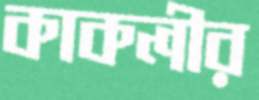
কাকলীর